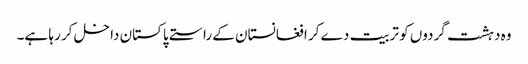
وہ دہشت گردوں کو تربیت دے کر افغانستان کے راستے پاکستان داخل کر رہا ہے۔